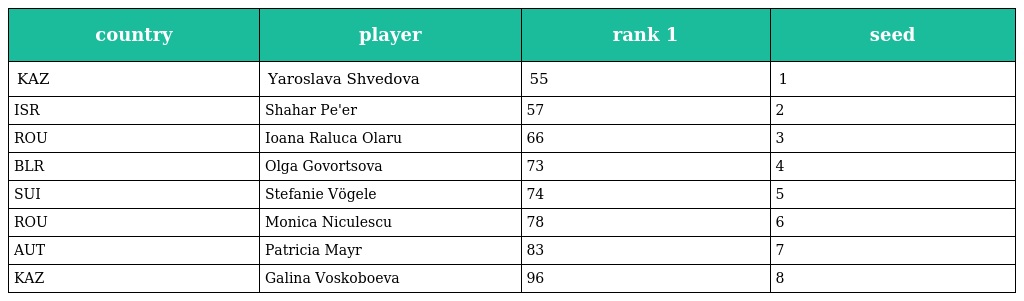
| country | player | rank 1 | seed |
 | --- | --- | --- | --- |
 | KAZ | Yaroslava Shvedova | 55 | 1 |
 | ISR | Shahar Pe'er | 57 | 2 |
 | ROU | Ioana Raluca Olaru | 66 | 3 |
 | BLR | Olga Govortsova | 73 | 4 |
 | SUI | Stefanie Vögele | 74 | 5 |
 | ROU | Monica Niculescu | 78 | 6 |
 | AUT | Patricia Mayr | 83 | 7 |
 | KAZ | Galina Voskoboeva | 96 | 8 |